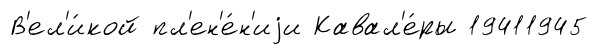
В'ел'и́кой пл'ен'е́н'иjи Кавал'е́ры 19411945